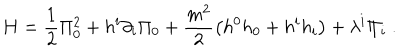
LaTeX: H = \frac { 1 } { 2 } \Pi _ { 0 } ^ { 2 } + h ^ { i } \partial _ { i } \Pi _ { 0 } + \frac { m ^ { 2 } } { 2 } \left( h ^ { 0 } h _ { 0 } + h ^ { i } h _ { i } \right) + \lambda ^ { i } \Pi _ { i } \ .